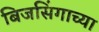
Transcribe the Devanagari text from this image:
बिजसिंगाच्या